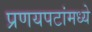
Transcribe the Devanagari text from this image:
प्रणयपटांमध्ये